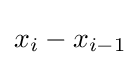
x_{i}-x_{i-1}